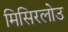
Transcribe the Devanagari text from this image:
मिसिरलोउ